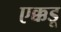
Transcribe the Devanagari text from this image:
एक्कडू